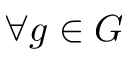
\forall g \in G